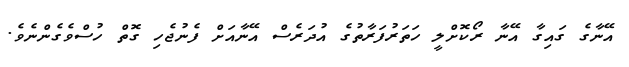
އޭނާގެ ގައިގާ އޭނާ ރޯކޮށްލީ ހަތަރުފަރާތުގެ އުދަރެސް އޭނާއަށް ފެނުޖެހި ގޮތް ހުސްވެގެންނެވެ.